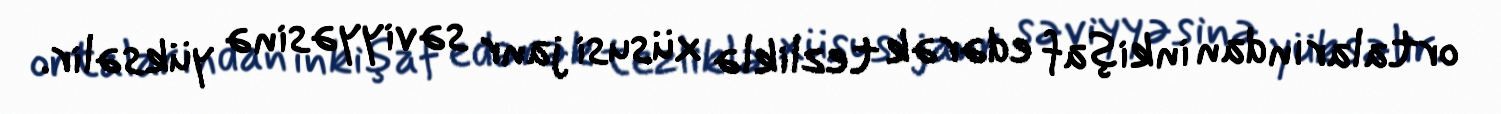
ortalarından inkişaf edərək tezliklə xüsusi janr səviyyəsinə yüksəlir.